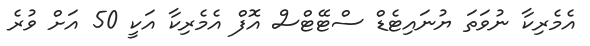
އެމެރިކާ ނުވަތަ ޔުނައިޓެޑް ސްޓޭޓްސް އޮފް އެމެރިކާ އަކީ 50 އަށް ވުރެ